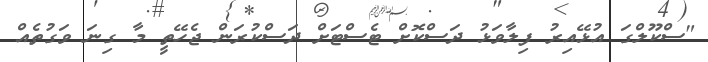
"ސްކޫލްގަ އުޅޭއިރު ފިލާވަޅު ދަސްކޮށް ޓެސްޓަށް ދަސްކުރަން ޖެހޭތީ މާ ގިނަ ވަގުތެއް